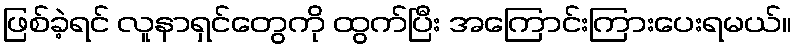
ဖြစ်ခဲ့ရင် လူနာရှင်တွေကို ထွက်ပြီး အကြောင်းကြားပေးရမယ်။